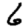
Digit: 6